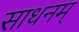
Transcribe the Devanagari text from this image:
साधनम्